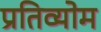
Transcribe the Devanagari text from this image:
प्रतिव्योम